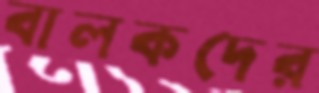
বালকদের